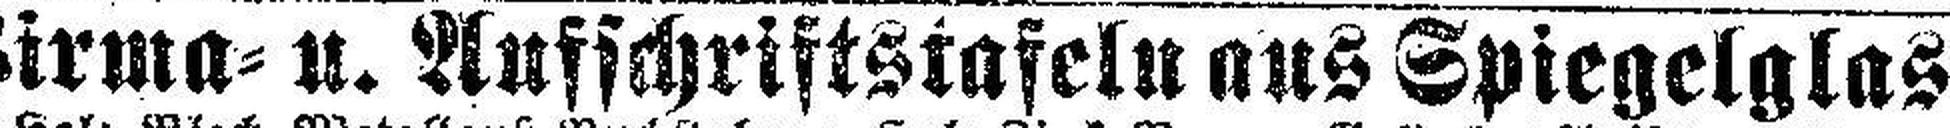
Firma= u. Aufschriftstafeln aus Spiegelglas,